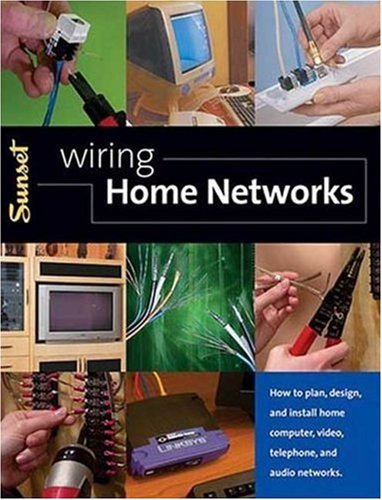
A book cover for Wiring Home Networks: How to Plan, Design, and Install Home Computer, Video, Telephone, and Audio Systems; Editors of Sunset Books; Computers & Technology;